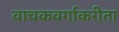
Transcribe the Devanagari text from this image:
वाचकवर्गाकरीता